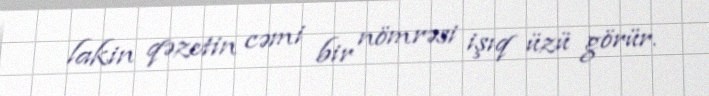
lakin qəzetin cəmi bir nömrəsi işıq üzü görür.